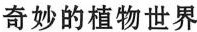
奇妙的植物世界